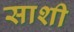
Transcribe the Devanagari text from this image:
साशी